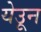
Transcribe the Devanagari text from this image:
येउून